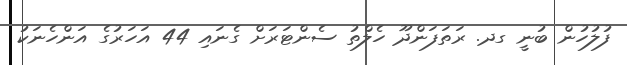
ފުލުހުން ބުނީ ގދ. ރަތަފަންދޫ ހެލްތު ސެންޓަރަށް ގެނައި 44 އަހަރުގެ އަންހެނަކު